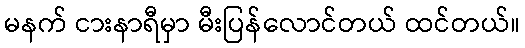
မနက် ငားနာရီမှာ မီးပြန်လောင်တယ် ထင်တယ်။